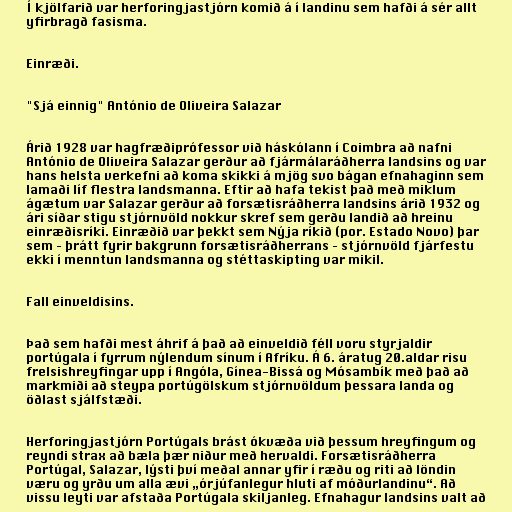
Í kjölfarið var herforingjastjórn komið á í landinu sem hafði á sér allt
yfirbragð fasisma.

Einræði.

"Sjá einnig" António de Oliveira Salazar

Árið 1928 var hagfræðiprófessor við háskólann í Coimbra að nafni
António de Oliveira Salazar gerður að fjármálaráðherra landsins og var
hans helsta verkefni að koma skikki á mjög svo bágan efnahaginn sem
lamaði líf flestra landsmanna. Eftir að hafa tekist það með miklum
ágætum var Salazar gerður að forsætisráðherra landsins árið 1932 og
ári síðar stigu stjórnvöld nokkur skref sem gerðu landið að hreinu
einræðisríki. Einræðið var þekkt sem Nýja ríkið (por. Estado Novo) þar
sem – þrátt fyrir bakgrunn forsætisráðherrans – stjórnvöld fjárfestu
ekki í menntun landsmanna og stéttaskipting var mikil.

Fall einveldisins.

Það sem hafði mest áhrif á það að einveldið féll voru styrjaldir
portúgala í fyrrum nýlendum sínum í Afríku. Á 6. áratug 20.aldar risu
frelsishreyfingar upp í Angóla, Gínea-Bissá og Mósambík með það að
markmiði að steypa portúgölskum stjórnvöldum þessara landa og
öðlast sjálfstæði.

Herforingjastjórn Portúgals brást ókvæða við þessum hreyfingum og
reyndi strax að bæla þær niður með hervaldi. Forsætisráðherra
Portúgal, Salazar, lýsti því meðal annar yfir í ræðu og riti að löndin
væru og yrðu um alla ævi „órjúfanlegur hluti af móðurlandinu“. Að
vissu leyti var afstaða Portúgala skiljanleg. Efnahagur landsins valt að